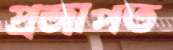
প্রজাপত